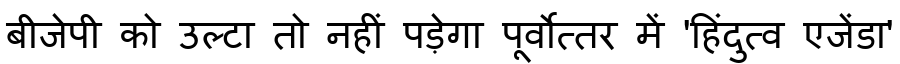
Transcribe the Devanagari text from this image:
बीजेपी को उल्टा तो नहीं पड़ेगा पूर्वोत्तर में 'हिंदुत्व एजेंडा'